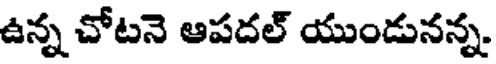
ఉన్న చోటనె ఆపదల్ యుండునన్న.